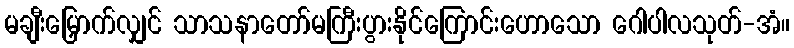
မချီးမြှောက်လျှင် သာသနာတော်မကြီးပွားနိုင်ကြောင်းဟောသော ဂေါပါလသုတ်-အံ။